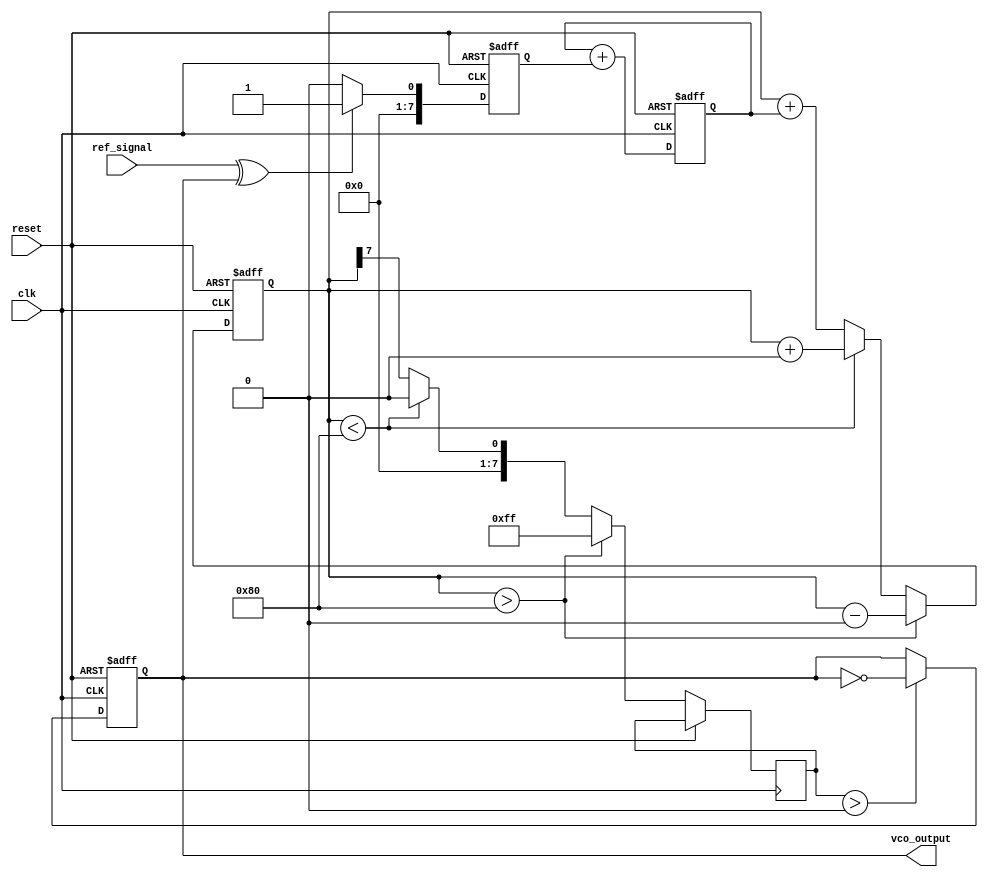
module sigma_delta_pll (
    input wire clk,              // System clock
    input wire reset,            // Asynchronous reset
    input wire ref_signal,       // Reference input signal
    output wire vco_output       // VCO output signal
);

// Parameters
parameter N = 8;               // Bit width for the sigma-delta modulator
parameter VCO_MAX_FREQ = 255;  // Max frequency for VCO
parameter VCO_MIN_FREQ = 0;    // Min frequency for VCO

// Internal signals
reg [N-1:0] phase_error;       // Phase error from phase detector
reg [N-1:0] control_voltage;    // Control voltage for VCO
reg [N-1:0] vco_freq;           // Current frequency of the VCO
reg [N-1:0] integrator;         // Integrator output for sigma-delta modulator

// Phase Detector (PD)
always @(posedge clk or posedge reset) begin
    if (reset) begin
        phase_error <= 0;
    end else begin
        // Simple XOR phase detector
        phase_error <= (ref_signal ^ vco_output) ? 1 : 0; // 1 for phase error detected, 0 otherwise
    end
end

// Loop Filter (simple integrator)
always @(posedge clk or posedge reset) begin
    if (reset) begin
        control_voltage <= 0;
    end else begin
        control_voltage <= control_voltage + phase_error; // Integrate the phase error
    end
end

// Sigma-Delta Modulator
always @(posedge clk or posedge reset) begin
    if (reset) begin
        integrator <= 0;
    end else begin
        integrator <= integrator + control_voltage; // Integrate control voltage
        // 1-bit quantizer
        if (integrator > (1 << (N-1))) begin
            vco_freq <= VCO_MAX_FREQ;  // Max frequency
            integrator <= integrator - (1 << N); // Feedback
        end else if (integrator < (1 << (N-1))) begin
            vco_freq <= VCO_MIN_FREQ;  // Min frequency
            integrator <= integrator + (1 << N); // Feedback
        end else begin
            vco_freq <= (integrator >> (N-1)); // Scale down
        end
    end
end

// Voltage-Controlled Oscillator (VCO)
always @(posedge clk or posedge reset) begin
    if (reset) begin
        vco_output <= 0;
    end else begin
        // Simple VCO logic (for demonstration)
        // Frequency control based on vco_freq
        if (vco_freq > 0) begin
            vco_output <= ~vco_output; // Toggle output for frequency generation
        end
    end
end

endmodule